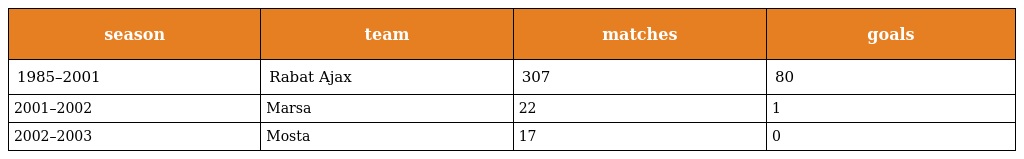
| season | team | matches | goals |
 | --- | --- | --- | --- |
 | 1985–2001 | Rabat Ajax | 307 | 80 |
 | 2001–2002 | Marsa | 22 | 1 |
 | 2002–2003 | Mosta | 17 | 0 |